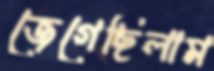
জেগেছিলাম